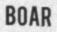
BOAR